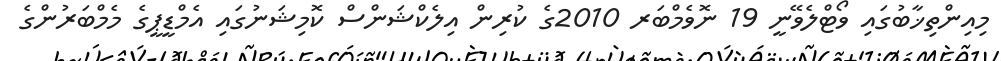
މިއިންތިޚާބުގައި ވޯޓްލެވޭނީ 19 ނޮވެމްބަރ 2010ގެ ކުރިން އިލެކްޝަންސް ކޮމިޝަނުގައި އެމްޑީޕީގެ މެމްބަރުންގެ